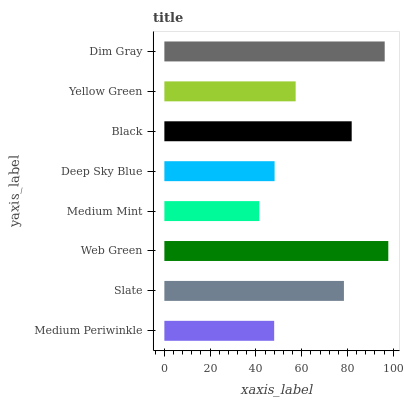
| yaxis_label | bars |
 | --- | --- |
 | Medium Periwinkle | 48 |
 | Slate | 78.4 |
 | Web Green | 97.8 |
 | Medium Mint | 41.5 |
 | Deep Sky Blue | 48.1 |
 | Black | 81.8 |
 | Yellow Green | 57.3 |
 | Dim Gray | 96.2 |